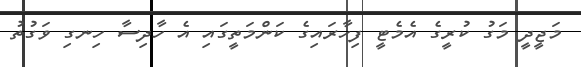
މަޖީދީ މަގު ކުރީގެ އެމެޓީ ފިހާރައިގެ ކަންމަތީގައި އެ ހާދިސާ ހިނގި ވަގުތު